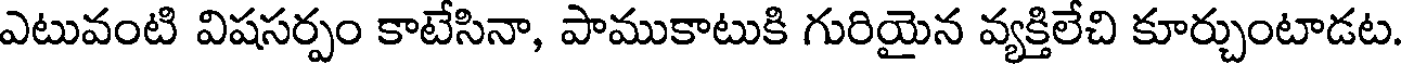
ఎటువంటి విషసర్పం కాటేసినా, పాముకాటుకి గురియైన వ్యక్తిలేచి కూర్చుంటాడట